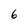
Character: 6